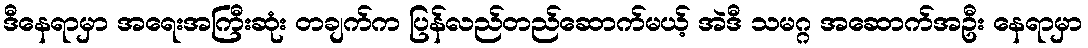
ဒီနေရာမှာ အရေးအကြီးဆုံး တချက်က ပြန်လည်တည်ဆောက်မယ့် အဲဒီ သမဂ္ဂ အဆောက်အဦး နေရာမှာ